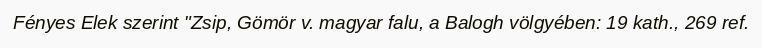
Fényes Elek szerint "Zsip, Gömör v. magyar falu, a Balogh völgyében: 19 kath., 269 ref.